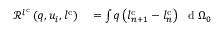
\begin{array} { r l } { \mathscr { R } ^ { l ^ { \mathrm { c } } } \left( q , u _ { i } , l ^ { \mathrm { c } } \right) } & { { } = \int q \left( l _ { n + 1 } ^ { \mathrm { c } } - l _ { n } ^ { \mathrm { c } } \right) \ \mathrm { ~ d ~ } { \Omega _ { 0 } } } \end{array}